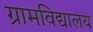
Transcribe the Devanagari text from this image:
ग्रामविद्यालय